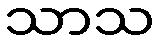
သာသ